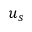
u _ { s }